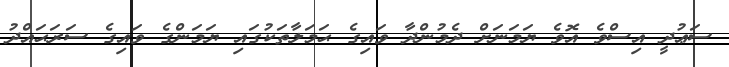
ސަޢުދީ އިސްވެ އޮވެ ޔަމަނަށް ދެމުންދާ ވައިގެ ޙަމަލާތަކުގައި ޔަމަންގެ ވައިގެ ސަރަޙައްދު